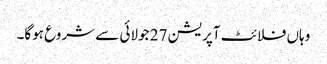
وہاں فلائٹ آپریشن 27 جولائی سے شروع ہوگا۔